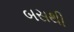
બસથી